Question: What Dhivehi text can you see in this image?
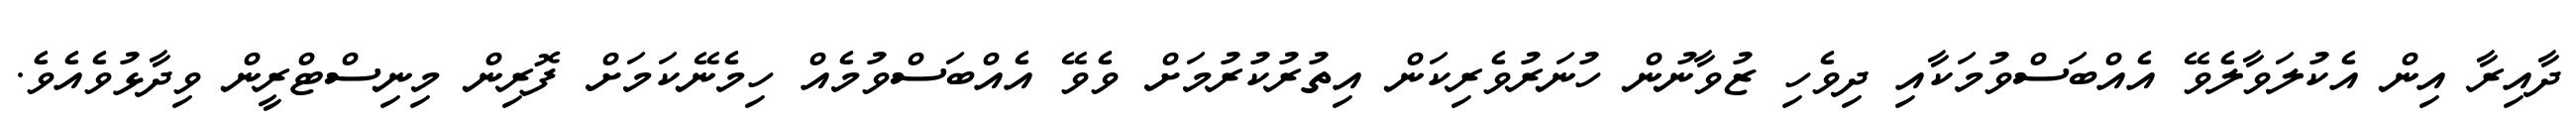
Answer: ދާއިރާ އިން އެކުލަވާލެވޭ އެއްބަސްވުމަކާއި ދިވެހި ޒުވާނުން ހުނަރުވެރިކަން އިތުރުކުރުމަށް ވެވޭ އެއްބަސްވުމެއް ހިމެނޭކަމަށް ފޮރިން މިނިސްޓްރީން ވިދާޅުވެއެވެ.